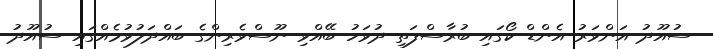
ސުއޫދު އަންވަރު އެންޑް ކޯގައި ބުރާސްފަތި ދުވަހު ބޭއްވި ނޫސްވެރިންގެ ބައްދަލުވުމެއްގައި ސުއޫދު